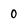
Character: 0